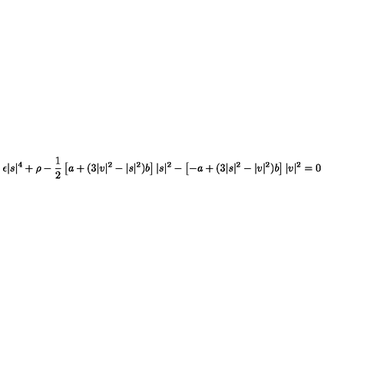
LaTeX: \epsilon | s | ^ { 4 } + \rho - { \frac { 1 } { 2 } } \left[ a + ( 3 | v | ^ { 2 } - | s | ^ { 2 } ) b \right] | s | ^ { 2 } - \left[ - a + ( 3 | s | ^ { 2 } - | v | ^ { 2 } ) b \right] | v | ^ { 2 } = 0